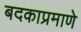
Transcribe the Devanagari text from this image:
बदकाप्रमाणे